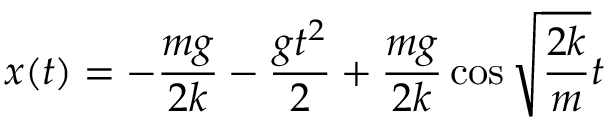
x ( t ) = - \frac { m g } { 2 k } - \frac { g t ^ { 2 } } { 2 } + \frac { m g } { 2 k } \cos { \sqrt { \frac { 2 k } { m } } t }